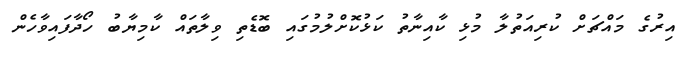
އިރުގެ މައްޗަށް ކުރިއަތުލާ މުޅި ކާއިނާތު ކަޅުކޮށްލުމުގައި ބޮޑެތި ވިލާތައް ކާމިޔާބު ހޯދާފައިވާހެން